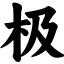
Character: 极